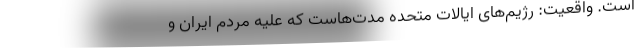
است.‌ واقعیت: رژیم‌های ایالات متحده مدت‌هاست که علیه مردم ایران و